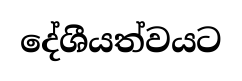
දේශීයත්වයට